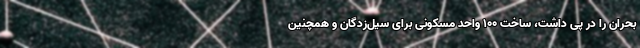
بحران را در پی داشت، ساخت 100 واحد مسکونی برای سیل‌زدگان و همچنین